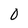
Character: 0